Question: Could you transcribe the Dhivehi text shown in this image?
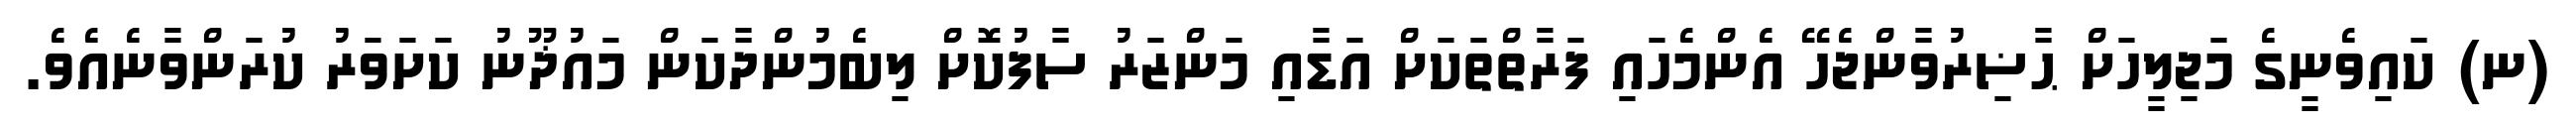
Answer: (ނ) ކައިވެނީގެ މަޖިލީހަށް ޙާޟިރުވާންޖެހޭ އެންމެހައި ފަރާތްތަކަށް އަޑާއި މަންޒަރު ސާފުކޮށް ލިބެމުންދާކަން މައުޛޫނު ކަށަވަރު ކުރަންވާނެއެވެ.